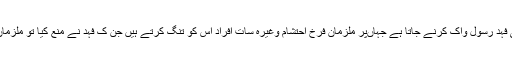
بتا یا گیاہے کہ چوک ارائیاں پاکپتن کا رہائشی فہد رسول واک کرنے جاتا ہے جہاںپر ملزمان فرخ احتشام وغیرہ سات افراد اس کو تنگ کرتے ہیں جن ک فہد نے منع کیا تو ملزمان نے اسے تشدد کا نشانہ بنا کر زخمی کر دیا۔